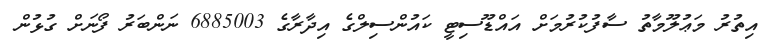
އިތުރު މަޢުލޫމާތު ސާފުކުރުމަށް އައްޑޫސިޓީ ކައުންސިލްގެ އިދާރާގެ 6885003 ނަންބަރު ފޯނަށް ގުޅުން